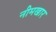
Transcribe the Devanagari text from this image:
नीमखार